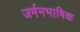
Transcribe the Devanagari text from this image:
जर्मनभाषिक